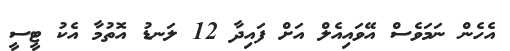
އެހެން ނަމަވެސް އޭވައިއެލް އަށް ފައިދާ 12 ލަނޑު އޮތުމާ އެކު ޓީސީ